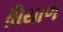
ધિયાળ